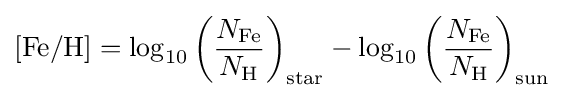
[{\text{Fe}}/{\text{H}}]=\log _{10}{\left({\frac {N_{\text{Fe}}}{N_{\text{H}}}}\right)_{\text{star}}}-\log _{10}{\left({\frac {N_{\text{Fe}}}{N_{\text{H}}}}\right)_{\text{sun}}}